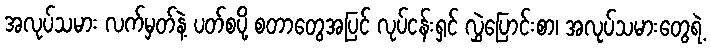
အလုပ်သမား လက်မှတ်နဲ့ ပတ်စပို့ စတာတွေအပြင် လုပ်ငန်းရှင် လွှဲပြောင်းစာ၊ အလုပ်သမားတွေရဲ့